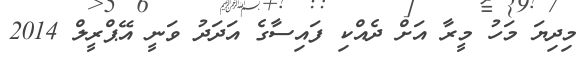
މިދިޔަ މަހު މީރާ އަށް ދެއްކި ފައިސާގެ އަދަދު ވަނީ އޭޕްރީލް 2014